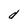
Character: d